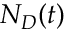
N _ { D } ( t )